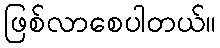
ဖြစ်လာစေပါတယ်။